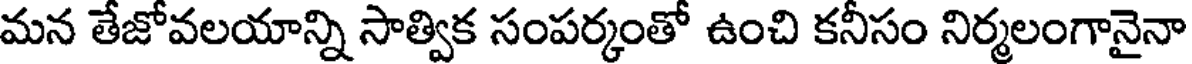
మన తేజోవలయాన్ని సాత్విక సంపర్కంతో ఉంచి కనీసం నిర్మలంగానైనా